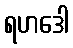
ရဟဒေါ